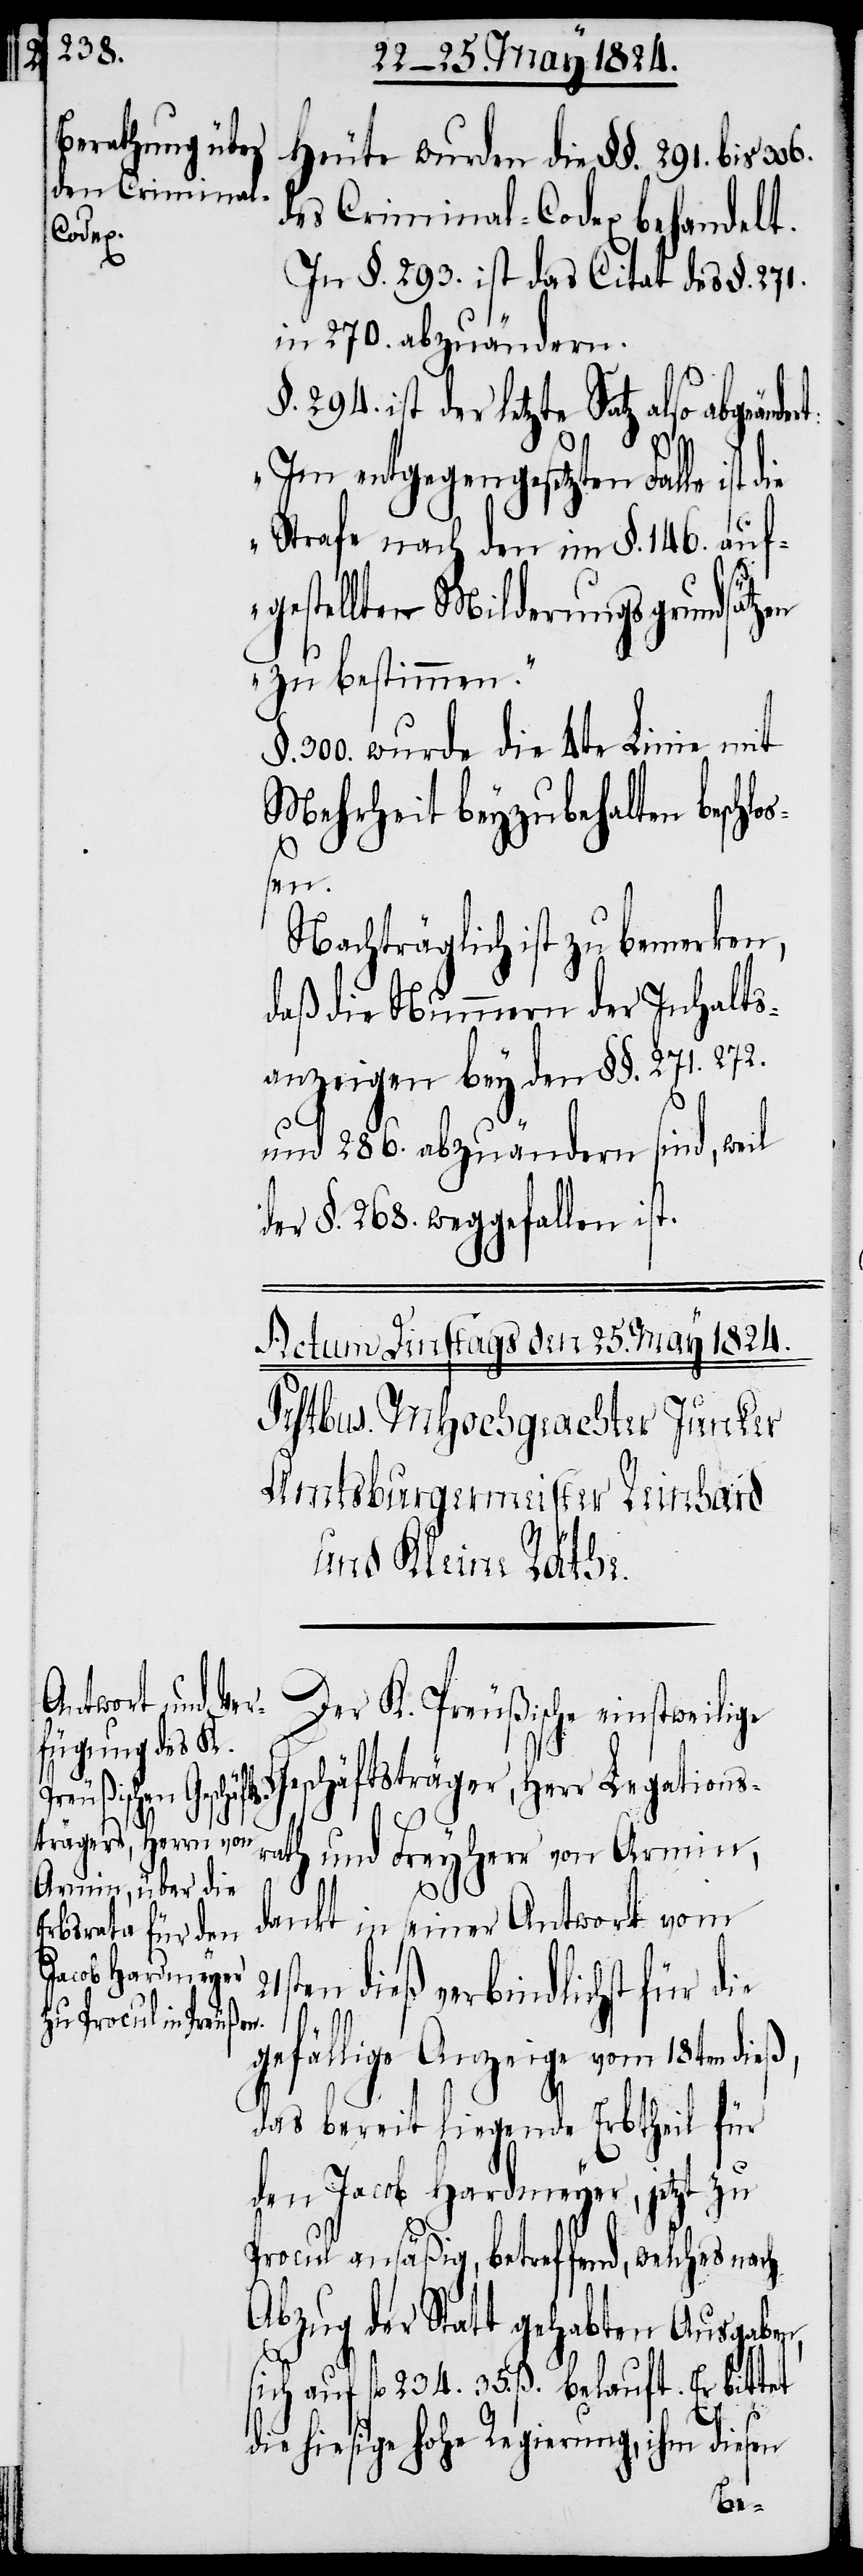
Heute wurden die §§. 291. bis 306.
des Criminal-Codex behandelt.
In §. 293. ist das Citat des §. 271.
in 270. abzuändern.
294. ist der letzte Satz also abgeän¬
die
„Im entgegengesetzten Falle ist die
Strafe nach den im §. 146. auf¬
gestellten Milderungsgrundsätzen
zu bestimmen.“
§. 300. wurde die 4te Linie mit
Mehrheit beyzubehalten beschl¬
en.
Nachträglich ist zu bemerken,
daß die Nummern der Inhalts¬
anzeigen bey den §§. 271.
und 286. abzuändern sind, weil
der §. 268. weggefallen ist.
Der K. Preußische einstweilige
Geschäftsträger, Herr Legations¬
rath und Freyherr von Armin,
tet
dankt in seiner Antwort vom
ten dieß verbindlichst für
gefällige Anzeige vom 18ten dieß,
das bereit liegende Erbtheil für
den Jacob Hardmeyer, jetzt zu
Procul ansäßig, betreffend, welches n¬
Abzug der Statt gehabten Ausgaben,
sich auf fl. 234. 35. ß. belauft. Er bit¬
die hiesige hohe Regierung, ihm diesen